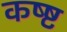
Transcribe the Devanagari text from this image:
कष्ष्ट